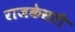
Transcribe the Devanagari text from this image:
राजकेसरी